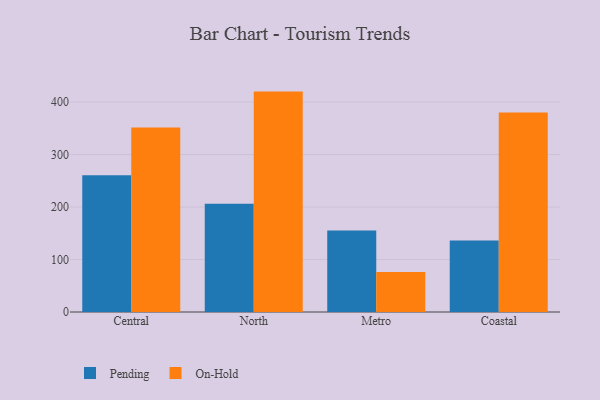
{"axis": {"x": "Region", "y": "Production Output"}, "legend": ["On-Hold", "Pending"], "data": [{"x": "Central", "y": 260.6, "type": "Pending"}, {"x": "Central", "y": 351.4, "type": "On-Hold"}, {"x": "North", "y": 206.0, "type": "Pending"}, {"x": "North", "y": 419.9, "type": "On-Hold"}, {"x": "Metro", "y": 155.1, "type": "Pending"}, {"x": "Metro", "y": 76.0, "type": "On-Hold"}, {"x": "Coastal", "y": 136.0, "type": "Pending"}, {"x": "Coastal", "y": 380.2, "type": "On-Hold"}]}